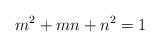
LaTeX: \begin{align*}m^2 +mn +n^2 = 1\end{align*}